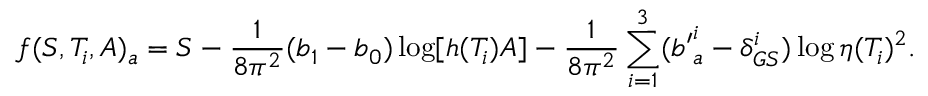
f ( S , T _ { i } , A ) _ { a } = S - { \frac { 1 } { 8 \pi ^ { 2 } } } ( b _ { 1 } - b _ { 0 } ) \log \lbrack h ( T _ { i } ) A \rbrack - { \frac { 1 } { 8 \pi ^ { 2 } } } \sum _ { i = 1 } ^ { 3 } ( { b ^ { \prime } } _ { a } ^ { i } - \delta _ { G S } ^ { i } ) \log \eta ( T _ { i } ) ^ { 2 } { } .